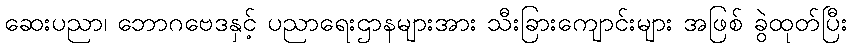
ဆေးပညာ၊ ဘောဂဗေဒနှင့် ပညာရေးဌာနများအား သီးခြားကျောင်းများ အဖြစ် ခွဲထုတ်ပြီး